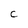
Character: C